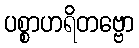
ပစ္စာဟရိတဗ္ဗော